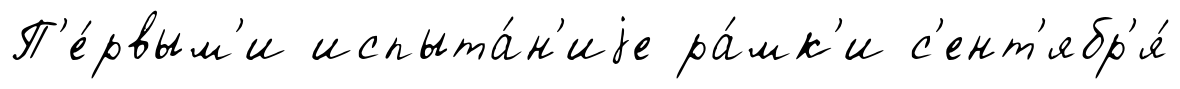
П'е́рвым'и испыта́н'иjе ра́мк'и с'ент'ябр'я́